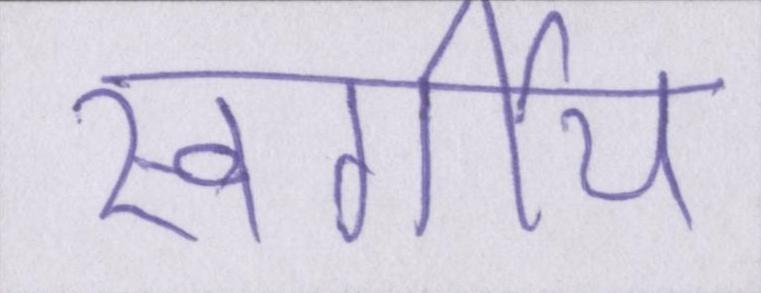
स्वर्गीय